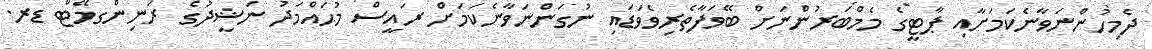
ދެމިހުންނަވާނެކަމަށާއި ޕާޓީގެ މެމްބަރުންނަށް ބޭވަފާތެރިވެވަޑައި ނުގަންނަވާނެކަމަށް ރައީސް މުޙައްމަދު ނަޝީދުގެ ރަނިންގމޭޓް ޑރ.